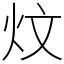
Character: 炆